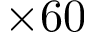
\times 6 0